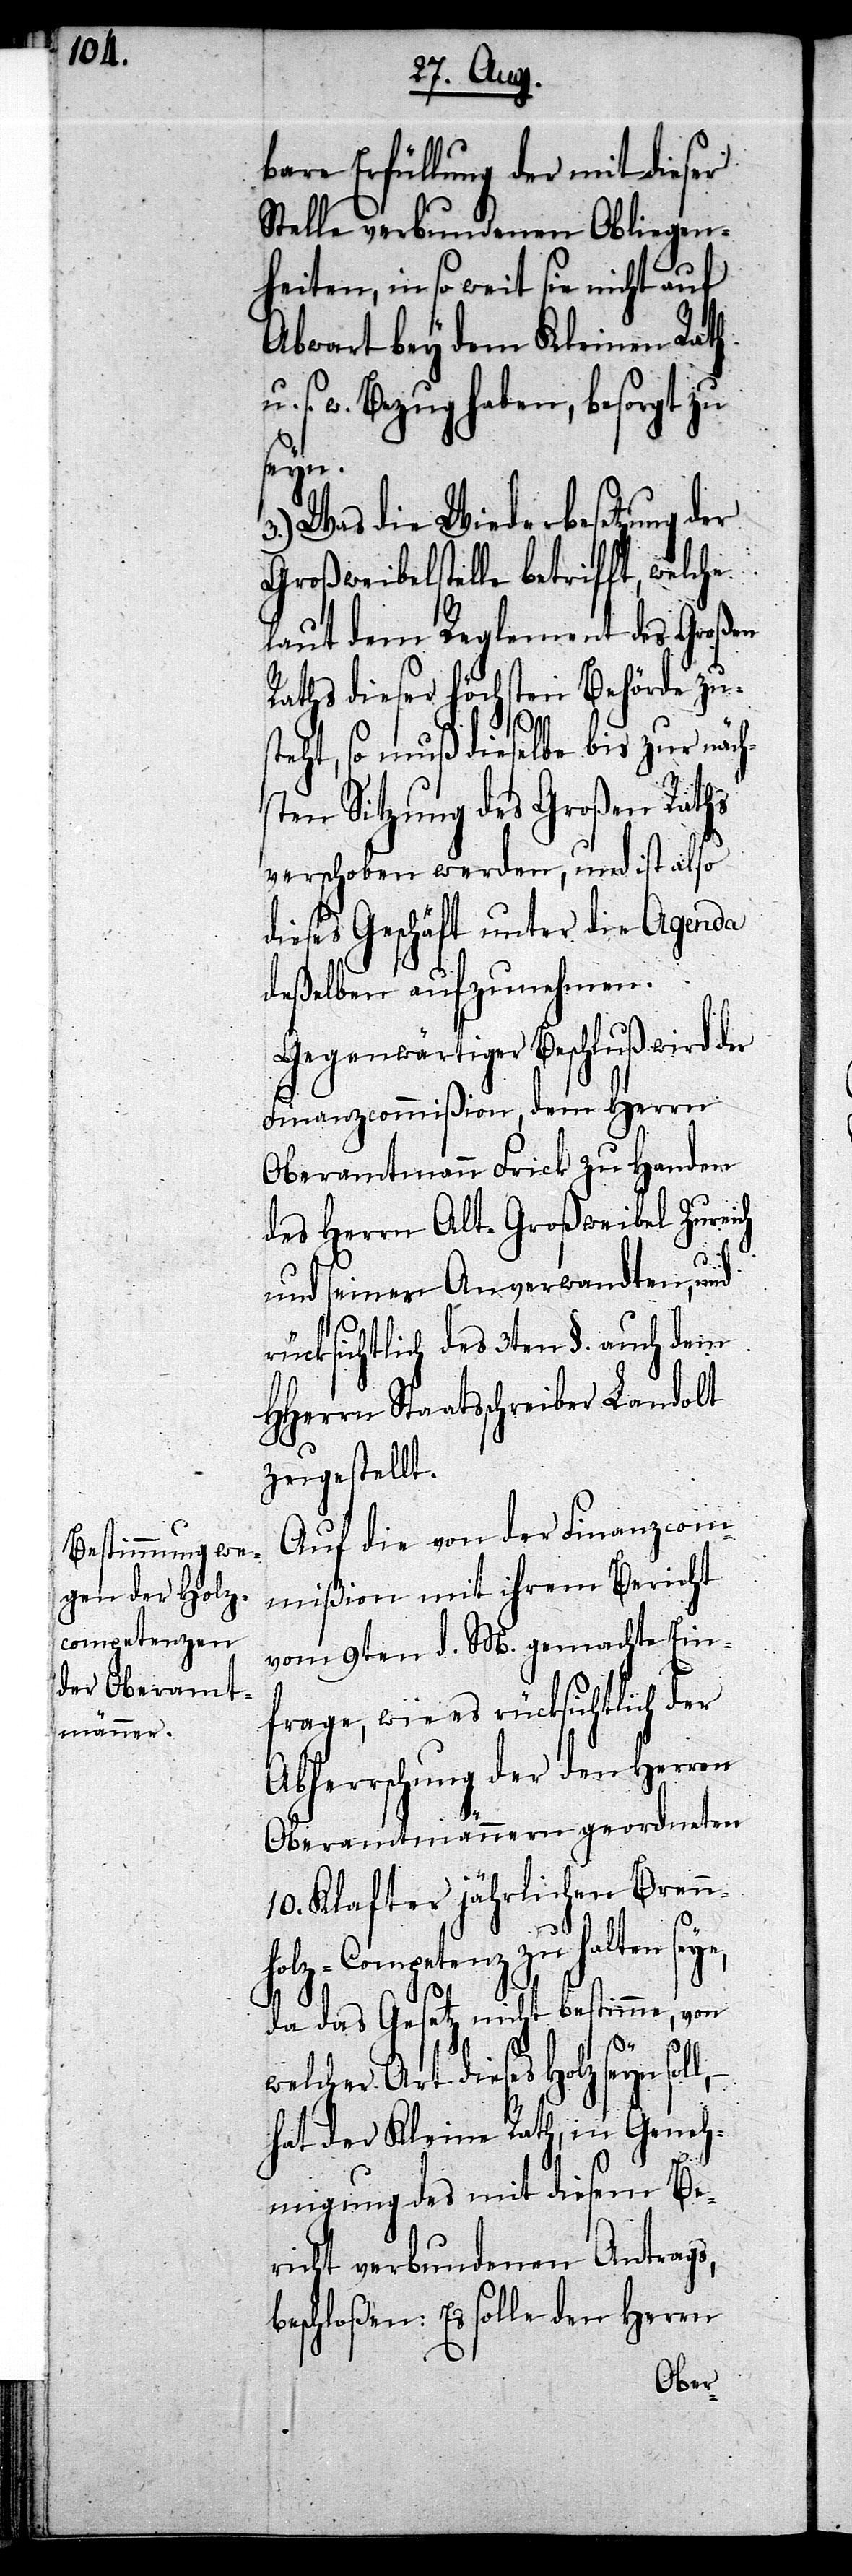
bare Erfüllung der mit dieser
Stelle verbundenen Obliegen¬
heiten, in so weit sie nicht auf
Abwart bey dem Kleinen Rath
s. w. Bezug haben, besorgt zu
seyn.
3.) Was die Wiederbesetzung der
Großweibelstelle betrifft, welche
laut dem Reglement des Großen
Raths dieser höchsten Behörde zu¬
l, –
steht, so muß dieselbe bis zur näch¬
sten Sitzung des Großen Raths
verschoben werden, und ist also
dieses Geschäft unter die Agenda
deßelben aufzunehmen.
Gegenwärtiger Beschluß wird der
Finanzcommißion, dem Herrn
Oberamtmann Frick zu Handen
des Herrn Alt-Großweibel Zureich
und seiner Anverwandten, und
rücksichtlich des 3ten §. auch dem
HHerrn Staatsschreiber Landolt
zugestellt.
Auf die von der Finanzcom¬
mißion mit ihrem Bericht
vom 9ten d. M. gemachte Ein¬
frage, wie es rücksichtlich der
Abherrschung der den Herren
Oberamtmännern geordneten
10. Klafter jährlichen Brenn¬
holz-Competenz zu halten
da das Gesetz nicht bestimme, von
welcher Art dieses Holz seyn sol¬
hat der Kleine Rath, in Geneh¬
migung des mit diesem Be¬
richt verbundenen Antrags,
beschloßen: Es solle den Herrn